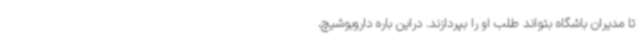
تا مدیران باشگاه بتواند طلب او را بپردازند. دراین باره داروبوشیچ،